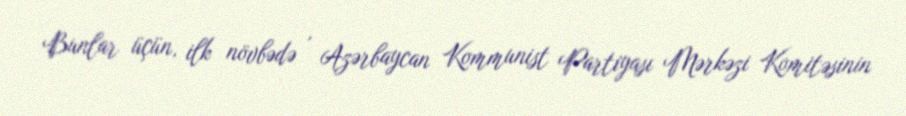
Bunlar üçün, ilk növbədə , Azərbaycan Kommunist Partiyası Mərkəzi Komitəsinin